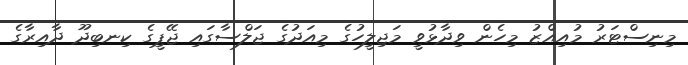
މިނިސްޓަރު މުއިއްޒު މިހެން ވިދާޅުވީ މަޖިިލީހުގެ މިއަދުގެ ޖަލްސާގައި ޖޭޕީގެ ކިނބިދޫ ދާއިރާގެ